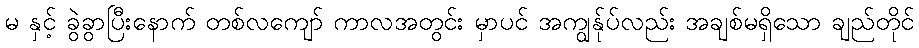
မ နှင့် ခွဲခွာပြီးနောက် တစ်လကျော် ကာလအတွင်း မှာပင် အကျွန်ုပ်လည်း အချစ်မရှိသော ချည်တိုင်